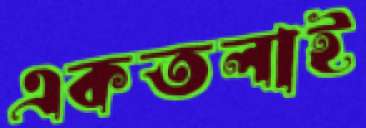
একতলাই